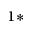
^ { 1 \ast }